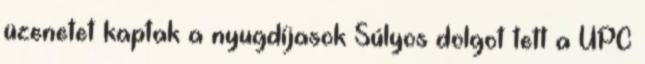
üzenetet kaptak a nyugdíjasok Súlyos dolgot tett a UPC